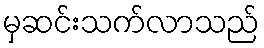
မှဆင်းသက်လာသည်